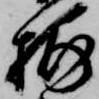
捕